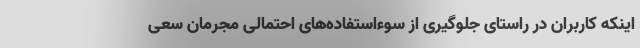
اینکه کاربران در راستای جلوگیری از سوءاستفاده‌های احتمالی مجرمان سعی